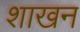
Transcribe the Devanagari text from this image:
शाखन